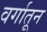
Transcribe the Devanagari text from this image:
वर्गातून